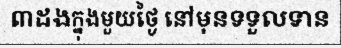
៣ដងក្នុងមួយថ្ងៃ នៅមុនទទួលទាន